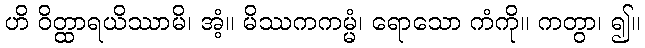
ဟိ ဝိတ္ထာရယိဿာမိ၊ အံ့။ မိဿကကမ္မံ၊ ရောသော ကံကို။ ကတွာ၊ ၍။